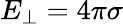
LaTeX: E_{\perp}=4\pi\sigma